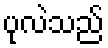
ပုလဲသည်